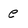
Character: e